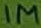
Text: 1M